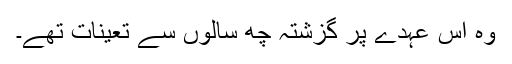
وہ اس عہدے پر گزشتہ چھ سالوں سے تعینات تھے۔